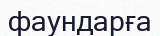
фаундарға